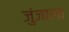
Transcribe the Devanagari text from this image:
जुंजाला